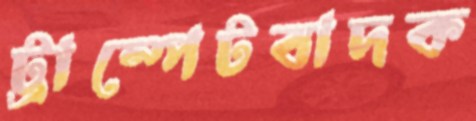
ট্রাম্পেটবাদক